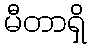
မီတာရှိ